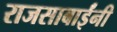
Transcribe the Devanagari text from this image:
राजसाबाईंनी